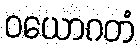
ဝယောဂတံ